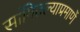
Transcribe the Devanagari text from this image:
सांगितल्याप्रमाणें